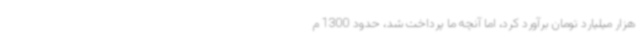
هزار میلیارد تومان برآورد کرد، اما آنچه ما پرداخت شد، حدود 1300 م